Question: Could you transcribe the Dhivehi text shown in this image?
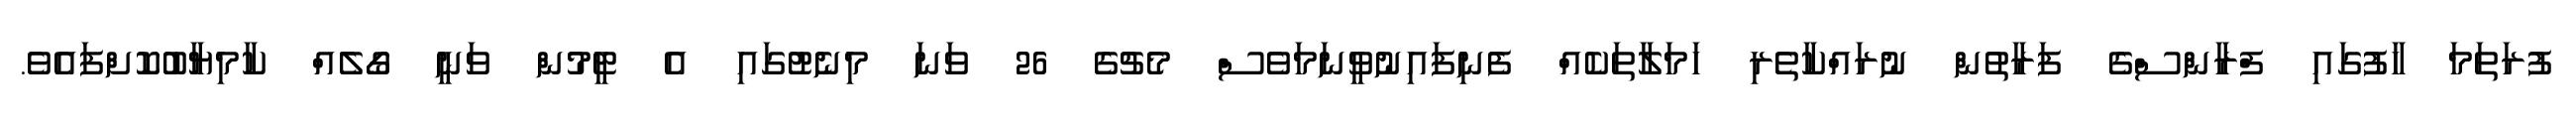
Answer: ފުރަތަމަ ހާފުގައި ފްރާންސްގެ ފަރާތުން ނުރައްކާތެރި ހަމަލާތަކެއް ފެނިފައިނުވީނަމަވެސް މެޗުގެ 26 ވަނަ މިނެޓުގައި އެ ޓީމުން ވަނީ ގޯލެއް ކާމިޔާބުކޮށްފައެވެ.